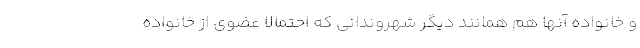
و خانواده آنها هم همانند دیگر شهروندانی که احتمالا عضوی از خانواده